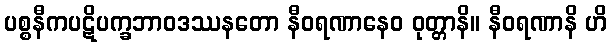
ပစ္စနီကပဋိပက္ခဘာဝဒဿနတော နီဝရဏာနေဝ ဝုတ္တာနိ။ နီဝရဏာနိ ဟိ